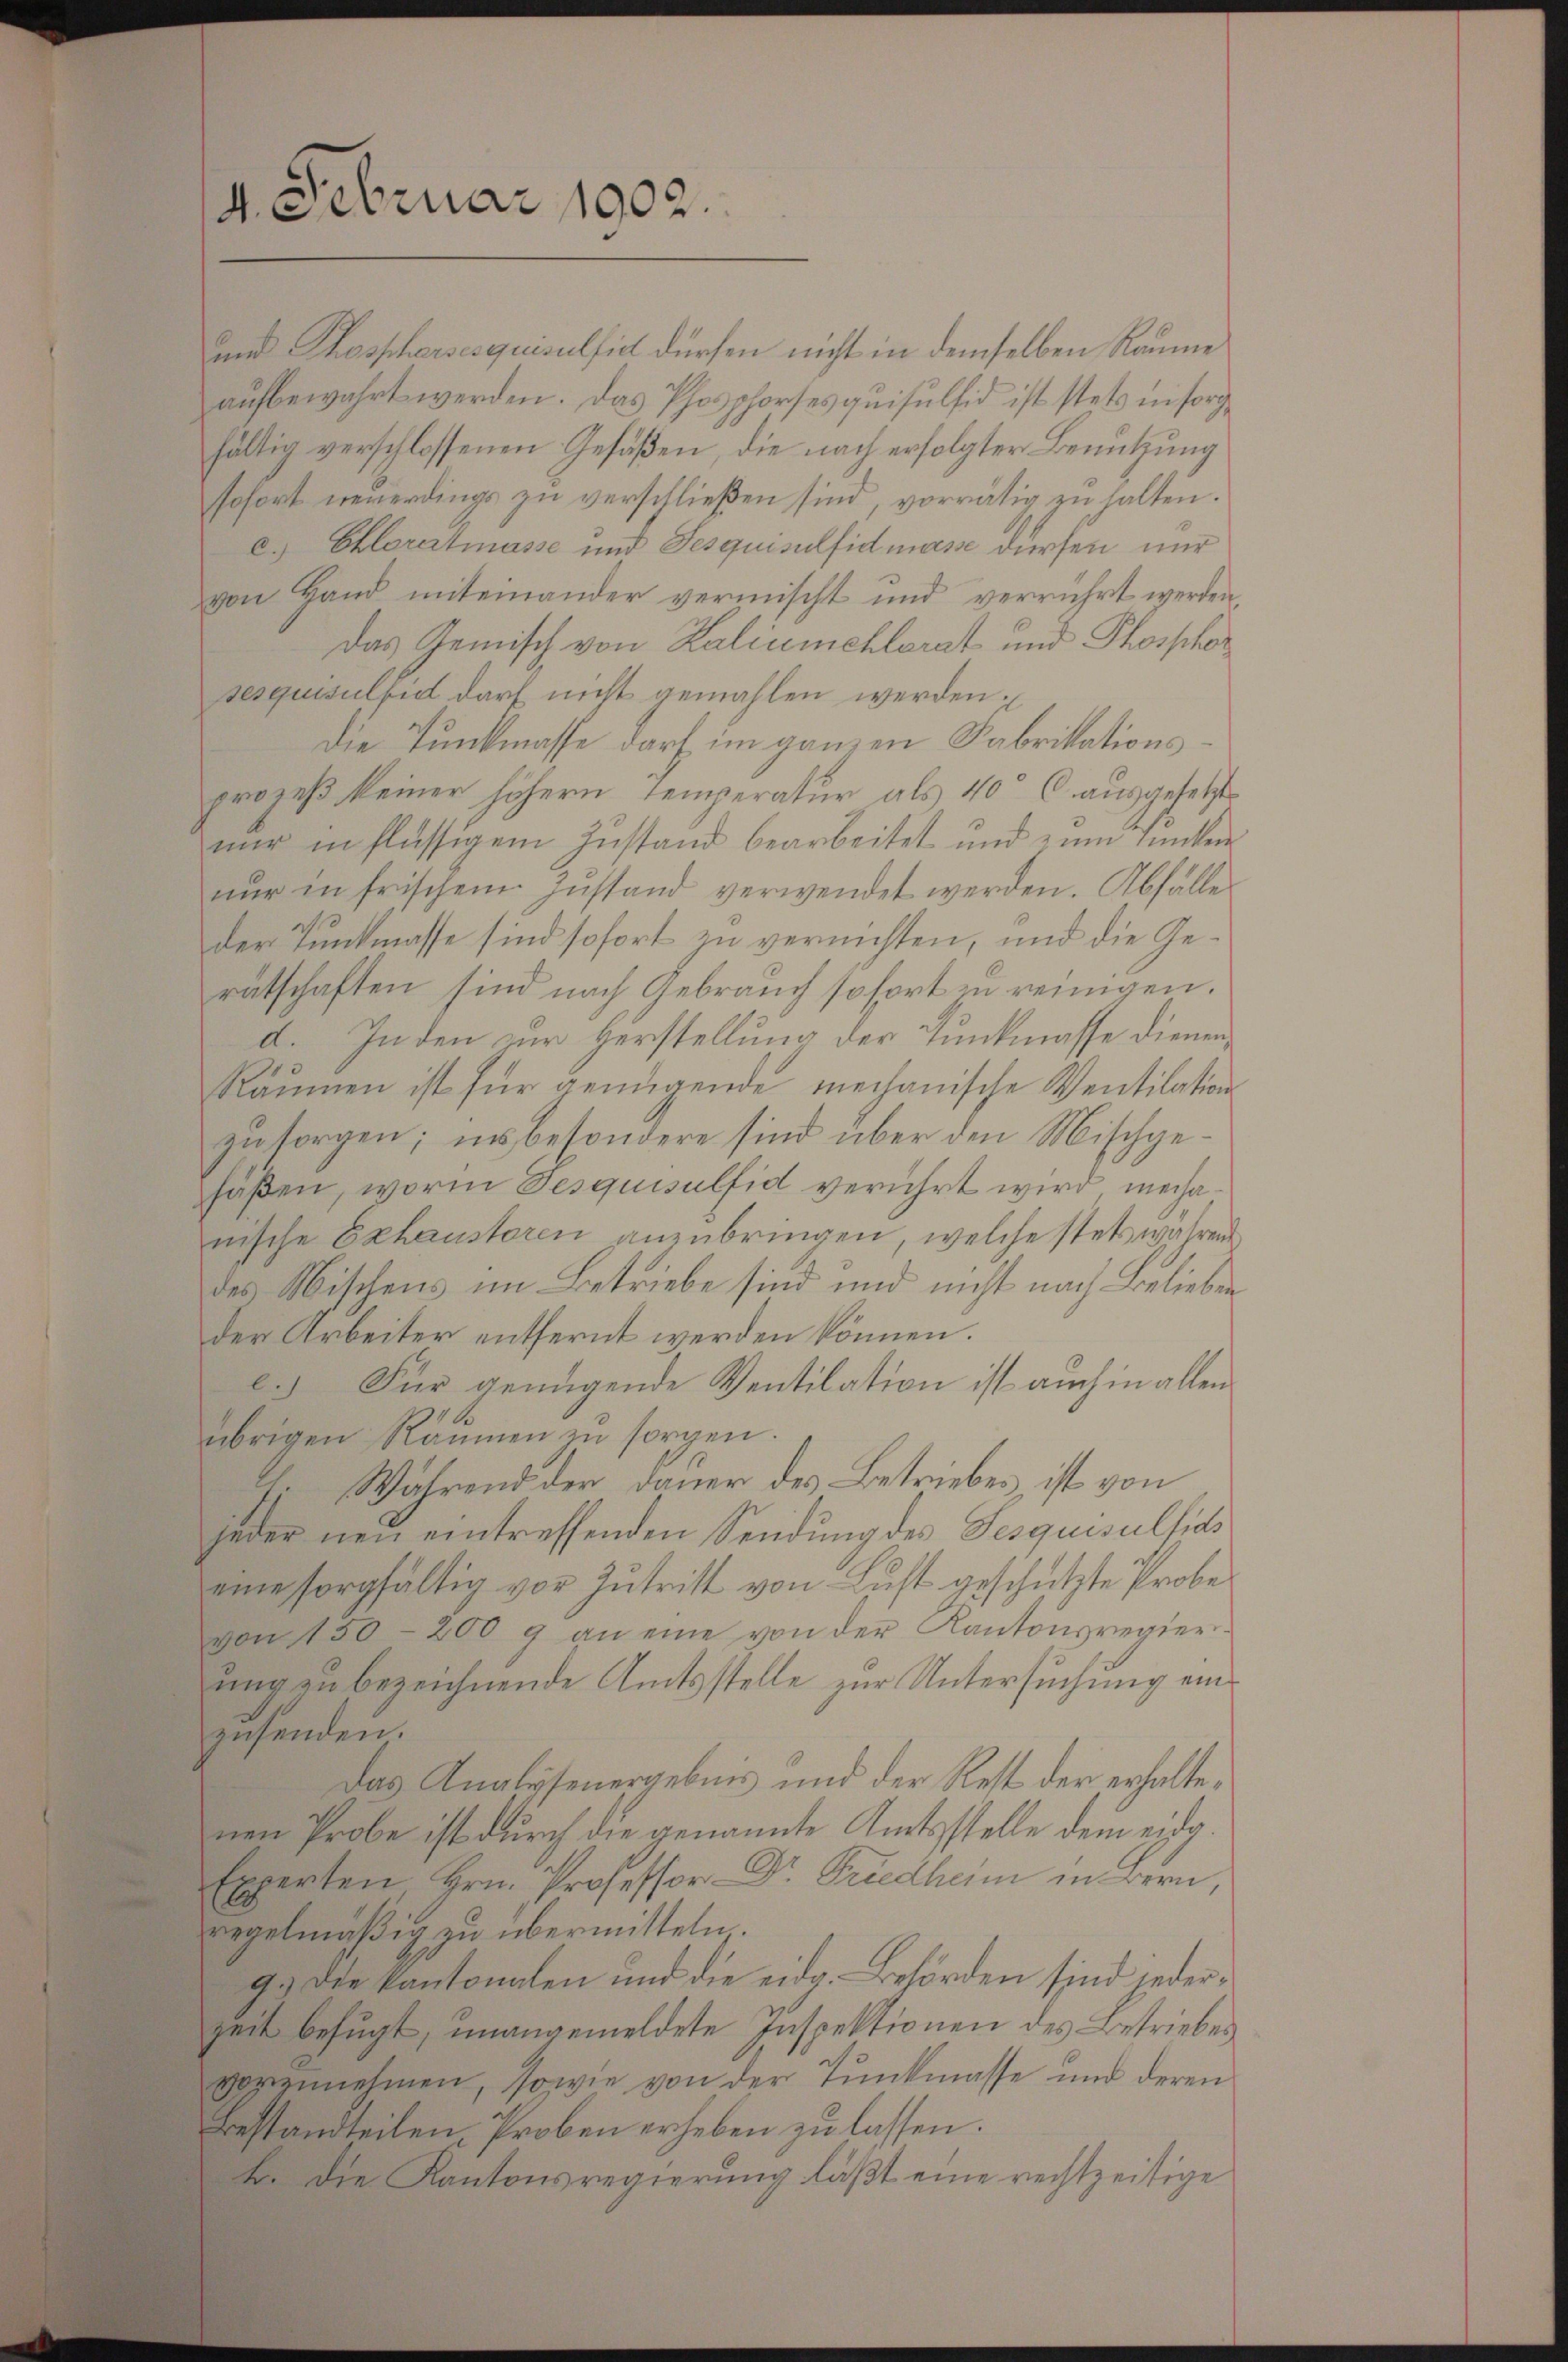
4. Februar 1902.

und Thosschersesquisulfiel dürfen nicht in demselben Raume
aufbewahrt werden. Das Phosphorses quisulfid ist stets in sorgfältig verschlossenen Gefäßen, die nach erfolgter Benutzung
sofort neuerdings zu verschließen sind, vorrätig zu halten.
c.) Chloratmasse und Fesquisulfidmasse dürfen, nur
von Hand miteinander vermischt und verrührt werden,
Das Gemisch von Kaliumchlerat und Phosphor
sesquisulfed darf nicht gemahlen werden
Die Tunkmasse darf im ganzen Fabrikationsprozeß keiner höhern Temperatur als 40 l. ausgesetzt
nur in flüssigem Zustand bearbeitet und zum Junken
nur in frischem Zustand verwendet werden. Abfälle
der Tunkmasse sind sofort zu vernichten, und die Gerätschaften sind nach Gebrauch sofort in reinigen.
d. Inden zur Herstellung der Tunkmasse dienen,
Räumen ist für genügende mechanische Ventilation
zu sorgen; ins besondere sind über den Mischgehäßen, worin desquisulfid verührt wird, mechanische Exhaustoren anzubringen, welche stets währen
des Mischens im Betriebe sind und nicht nach Belieben
der Arbeiter entfernt werden können.
.) Für genügende Ventilation ist auch in allen
übrigen Räumen zu sorgen.
fi Während der Dauer des Betriebes, ist von
jeder neu eintreffenden Sendung des Fesquisulsias
eine sorgfältig vor Zutritt von Luft geschützte Probevon 150-200 9 an eine von der Kantonsregier
ung zu bezeichnende Amtsstelle zur Untersuchung einzusenden.
Das Analysenergebnis und der Rest der erhaltenen Probe ist durch die genannte Amtsstelle dem eidg.
Experten Hrn. Professor Dr. Friedhern in Bern,
regelmäßig zu übermitteln.
g.) Die kantonalen und die eidg. Behörden sind jeder¬
Zeit befugt, unangemeldete Inspektionen des Betriebes
vorzunehmen, sowie von der Tunkmasse und deren
Bestandteilen, Proben erheben zu lassen.
b. Die Kantonsregierung läßt eine rechtzeitige